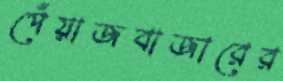
পেঁয়াজবাজারের